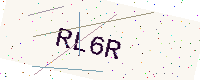
Text: RL6R